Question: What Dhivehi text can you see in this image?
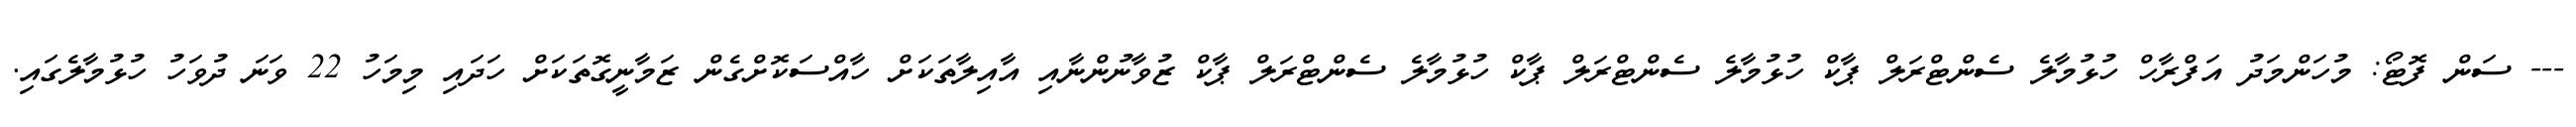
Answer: --- ސަން ފޮޓޯ: މުހަންމަދު އަފްރާހް ހުޅުމާލެ ސެންޓްރަލް ޕާކް ހުޅުމާލެ ސެންޓްރަލް ޕާކް ހުޅުމާލެ ސެންޓްރަލް ޕާކް ޒުވާނުންނާއި އާއިލާތަކަށް ހާއްސަކޮށްގެން ޒަމާނީގޮތަކަށް ހަދައި މިމަހު 22 ވަނަ ދުވަހު ހުޅުމާލެގައި.